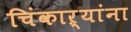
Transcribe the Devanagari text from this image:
चिंकाऱ्यांना